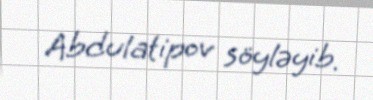
Abdulatipov söyləyib.